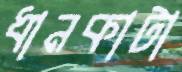
ধানকাটা